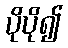
ပိုပို၍